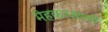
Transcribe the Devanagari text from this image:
मेहकरसाठी